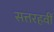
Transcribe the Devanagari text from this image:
सत्तरहवीं